Vaccination in Burma 1889-1999 - 1889-1999
Year: 1889
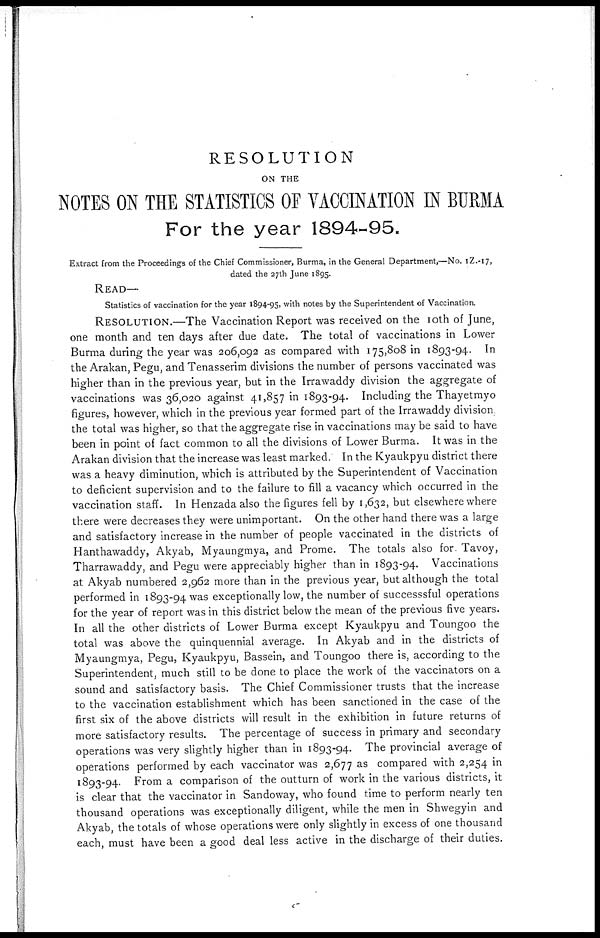
RESOLUTION
ON THE
NOTES ON THE STATISTICS OF VACCINATION IN BURMA
For the year 1894-95.
Extract from the Proceedings of the Chief Commissioner, Burma, in the General Department,—No. IZ.-17,
dated the 27th June 1895.
READ—
Statistics of vaccination for the year 1894-95, with notes by the Superintendent of Vaccination.
RESOLUTION.—The Vaccination Report was received on the 10th of June,
one month and ten days after due date. The total of vaccinations in Lower
Burma during the year was 206,092 as compared with 175,808 in 1893-94. In
the Arakan, Pegu, and Tenasserim divisions the number of persons vaccinated was
higher than in the previous year, but in the Irrawaddy division the aggregate of
vaccinations was 36,020 against 41,857 in 1893-94. Including the Thayetmyo
figures, however, which in the previous year formed part of the Irrawaddy division,
the total was higher, so that the aggregate rise in vaccinations may be said to have
been in point of fact common to all the divisions of Lower Burma. It was in the
Arakan division that the increase was least marked. In the Kyaukpyu district there
was a heavy diminution, which is attributed by the Superintendent of Vaccination
to deficient supervision and to the failure to fill a vacancy which occurred in the
vaccination staff. In Henzada also the figures fell by 1,632, but elsewhere where
there were decreases they were unimportant. On the other hand there was a large
and satisfactory increase in the number of people vaccinated in the districts of
Hanthawaddy, Akyab, Myaungmya, and Prome. The totals also for. Tavoy,
Tharrawaddy, and Pegu were appreciably higher than in 1893-94. Vaccinations
at Akyab numbered 2,962 more than in the previous year, but although the total
performed in 1893-94 was exceptionally low, the number of successsful operations
for the year of report was in this district below the mean of the previous five years.
In all the other districts of Lower Burma except Kyaukpyu and Toungoo the
total was above the quinquennial average. In Akyab and in the districts of
Myaungmya, Pegu, Kyaukpyu, Bassein, and Toungoo there is, according to the
Superintendent, much still to be done to place the work of the vaccinators on a
sound and satisfactory basis. The Chief Commissioner trusts that the increase
to the vaccination establishment which has been sanctioned in the case of the
first six of the above districts will result in the exhibition in future returns of
more satisfactory results. The percentage of success in primary and secondary
operations was very slightly higher than in 1893-94. The provincial average of
operations performed by each vaccinator was 2,677 as compared with 2,254 in
1893-94. From a comparison of the outturn of work in the various districts, it
is clear that the vaccinator in Sandoway, who found time to perform nearly ten
thousand operations was exceptionally diligent, while the men in Shwegyin and
Akyab, the totals of whose operations were only slightly in excess of one thousand
each, must have been a good deal less active in the discharge of their duties.